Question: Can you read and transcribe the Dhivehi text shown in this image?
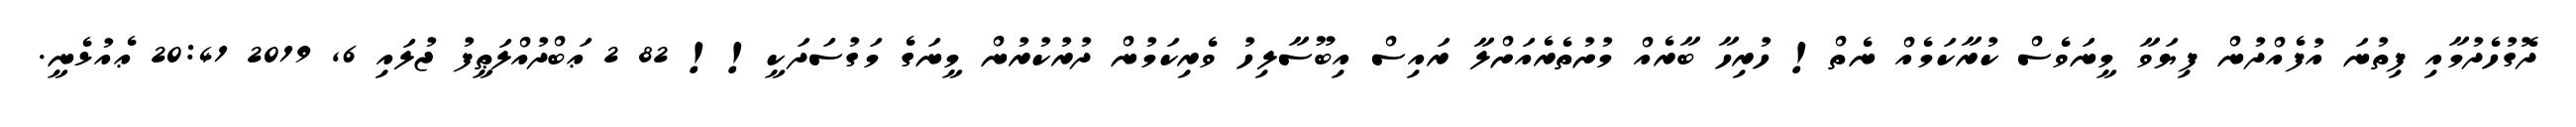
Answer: ދޮގުހެދުމާއި ފިތުނަ އުފެއްދުން ފިޔަވާ މީނަވެސް ކުރާކަމެއް ނެތް! ހުރިހާ ބާރެއް މުށުތެރެއަށްލާ ރައިސް އިބޫސާލިހު ވެރިކަމުން ދުރުކުރުން މީނަގެ މަގުސަދަކީ!! 82 2 ޢަބްދުއްލަޠީފު ޖުލައި 6, 2019 20:41 ޢެއުޅެނީ.